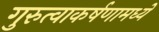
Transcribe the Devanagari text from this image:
गुरुत्वाकर्षणामध्ये